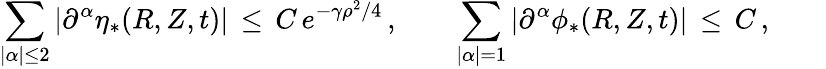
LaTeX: \sum_{|\alpha|\le 2}|\partial^{\alpha}\eta_{*}(R,Z,t)|\, \le\, C\, e^{-\gamma\rho^{2}/4}\, ,\qquad\sum_{|\alpha|=1}|\partial^{\alpha}\phi_{*}(R,Z,t)|\, \le\, C\, ,\qquad